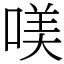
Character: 𠸍